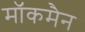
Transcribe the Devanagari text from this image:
मॉकमैन